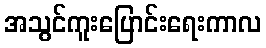
အသွင်ကူးပြောင်းရေးကာလ